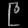
Digit: ၉